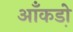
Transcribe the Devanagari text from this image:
आँकडो़